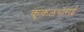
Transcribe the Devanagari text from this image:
कूकलथोराई